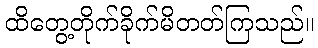
ထိတွေ့တိုက်ခိုက်မိတတ်ကြသည်။